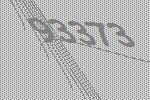
93373